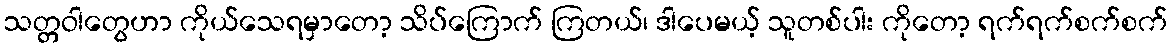
သတ္တဝါတွေဟာ ကိုယ်သေရမှာတော့ သိပ်ကြောက် ကြတယ်၊ ဒါပေမယ့် သူတစ်ပါး ကိုတော့ ရက်ရက်စက်စက်